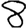
Digit: 8